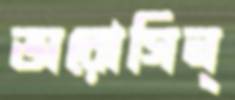
অরোগিন্